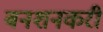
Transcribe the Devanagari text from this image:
बनशनकरी